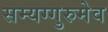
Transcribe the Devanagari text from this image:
सम्यग्गुरुमेव